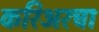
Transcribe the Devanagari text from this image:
करिअरचा